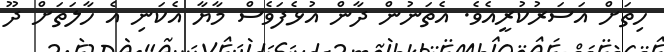
ހިތަށް އަސަރުކުރީއެވެ. އެތަނުން ދާން އުޅެފަވެސް މާޔާ އެކަނި އެ ހާލަތަށް ދޫ